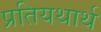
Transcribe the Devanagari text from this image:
प्रतियथार्थ